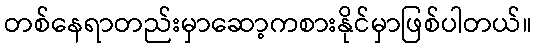
တစ်နေရာတည်းမှာဆော့ကစားနိုင်မှာဖြစ်ပါတယ်။